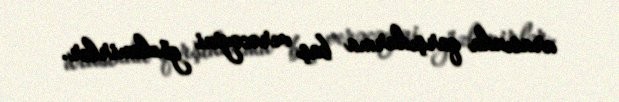
arasında qarşıdurma baş verəcəyini gözləmirlər.